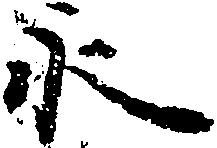
永